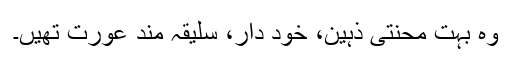
وہ بہت محنتی ذہین، خود دار، سلیقہ مند عورت تھیں۔